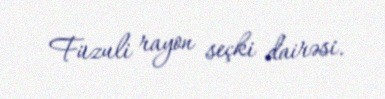
Füzuli rayon seçki dairəsi.